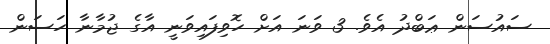
ސައުސަން ޢަބްދު އެވެ. 3 ވަނަ އަށް ހޮވިފައިވަނީ އާގެ ޖުމާނާ ހަސަން